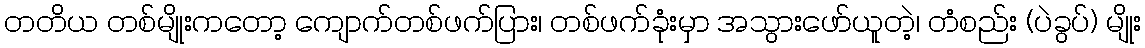
တတိယ တစ်မျိုးကတော့ ကျောက်တစ်ဖက်ပြား၊ တစ်ဖက်ခုံးမှာ အသွားဖော်ယူတဲ့၊ တံစည်း (ပဲခွပ်) မျိုး